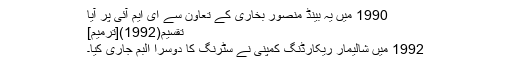
1990 میں یہ بینڈ منصور بخاری کے تعاون سے ای ایم آئی پر آیا
تقسیم(1992)[ترمیم]
1992 میں شالیمار ریکارڈنگ کمپنی نے سٹرنگ کا دوسرا البم جاری کیا۔